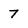
Character: 7